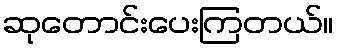
ဆုတောင်းပေးကြတယ်။